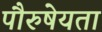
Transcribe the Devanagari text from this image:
पौरुषेयता